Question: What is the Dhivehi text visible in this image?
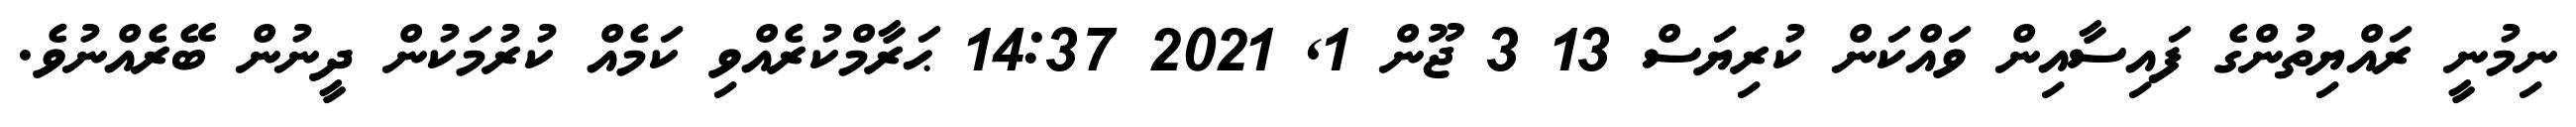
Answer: ނިމުނީ ރައްޔިތުންގެ ފައިސާއިން ވައްކަން ކުރިޔަސް 13 3 ޖޫން 1, 2021 14:37 ޙަރާމްކުރެއްވި ކަމެއް ކުރުމަކުން ދީނުން ބޭރެއްނުވެ.